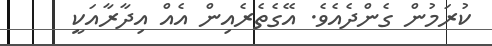
ކުރަމުން ގެންދެއެވެ. އޭގެތެރެއިން އެއް އިދާރާއަކީ